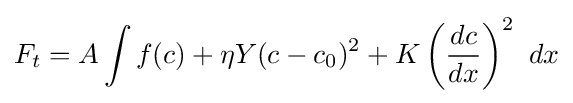
F_{t}=A\int f(c)+\eta Y(c-c_{0})^{2}+K\left({\frac {dc}{dx}}\right)^{2}~dx